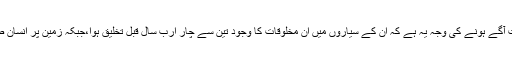
ان مخلوقات کے انسان سے ٹیکنالوجی میں بہت آگے ہونے کی وجہ یہ ہے کہ ان کے سیاروں میں ان مخلوقات کا وجود تین سے چار ارب سال قبل تخلیق ہوا،جبکہ زمین پر انسان صرف سات آٹھ لاکھ سال قبل وجود میں آیا ہے۔